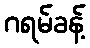
ဂရမ်ခန့်